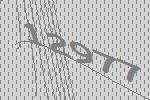
12977